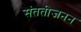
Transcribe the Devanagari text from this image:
संततीजनन